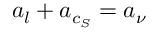
\boldsymbol { a } _ { l } + \boldsymbol { a } _ { c _ { S } } = \boldsymbol { a } _ { \nu }